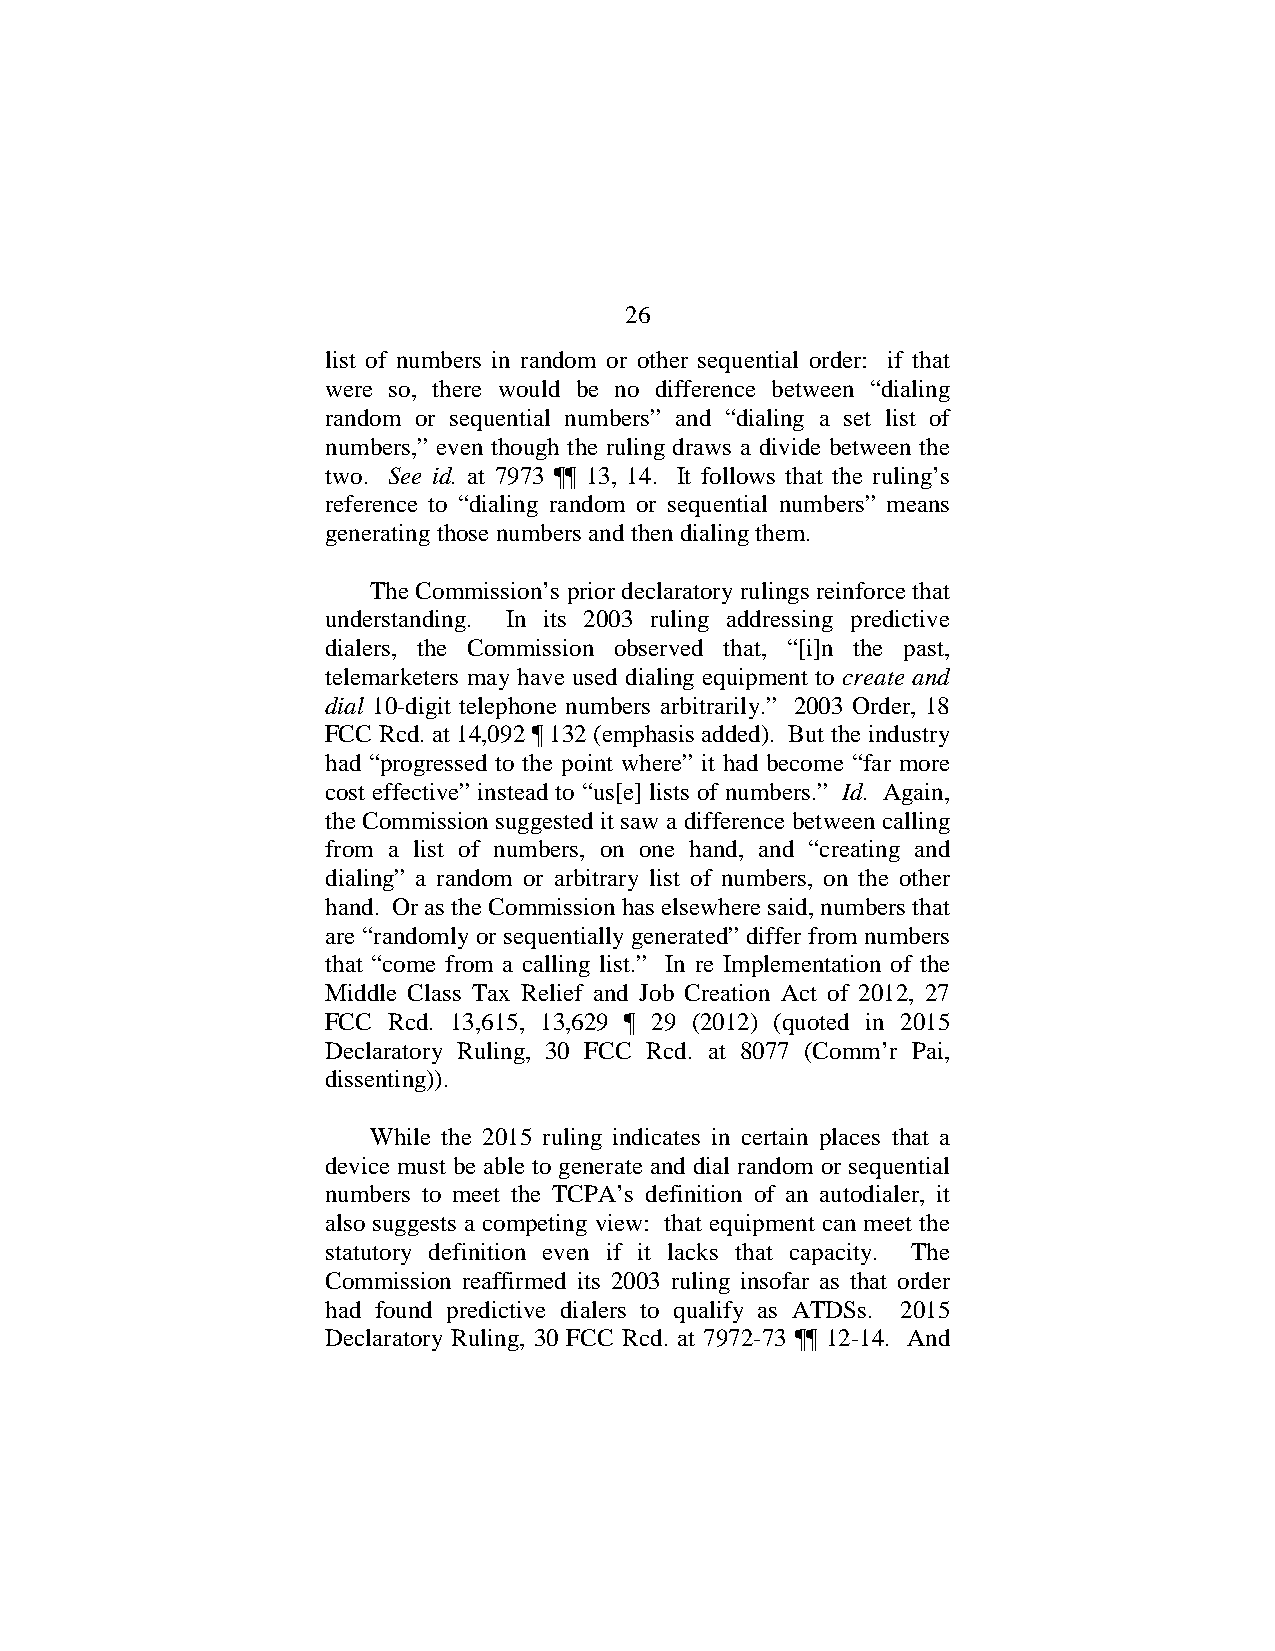
26
 list of numbers in random or other sequential order: if that
 were so, there would be no difference between “dialing
 random or sequential numbers” and “dialing a set list of
 numbers,” even though the ruling draws a divide between the
 two. See id. at 7973 ¶¶ 13, 14. It follows that the ruling’s
 reference to “dialing random or sequential numbers” means
 generating those numbers and then dialing them.
 The Commission’s prior declaratory rulings reinforce that
 understanding. In its 2003 ruling addressing predictive
 dialers, the Commission observed that, “[i]n the past,
 telemarketers may have used dialing equipment to create and
 dial 10-digit telephone numbers arbitrarily.” 2003 Order, 18
 FCC Rcd. at 14,092 ¶ 132 (emphasis added). But the industry
 had “progressed to the point where” it had become “far more
 cost effective” instead to “us[e] lists of numbers.” Id. Again,
 the Commission suggested it saw a difference between calling
 from a list of numbers, on one hand, and “creating and
 dialing” a random or arbitrary list of numbers, on the other
 hand. Or as the Commission has elsewhere said, numbers that
 are “randomly or sequentially generated” differ from numbers
 that “come from a calling list.” In re Implementation of the
 Middle Class Tax Relief and Job Creation Act of 2012, 27
 FCC Rcd. 13,615, 13,629 ¶ 29 (2012) (quoted in 2015
 Declaratory Ruling, 30 FCC Rcd. at 8077 (Comm’r Pai,
 dissenting)).
 While the 2015 ruling indicates in certain places that a
 device must be able to generate and dial random or sequential
 numbers to meet the TCPA’s definition of an autodialer, it
 also suggests a competing view: that equipment can meet the
 statutory definition even if it lacks that capacity. The
 Commission reaffirmed its 2003 ruling insofar as that order
 had found predictive dialers to qualify as ATDSs. 2015
 Declaratory Ruling, 30 FCC Rcd. at 7972-73 ¶¶ 12-14. And